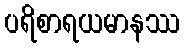
ပရိစာရယမာနဿ